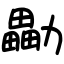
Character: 㔣